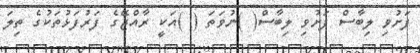
ފަށުވި ލިބާސް ފަށުވި ލިބާސް( )ނުވަތަ ( )އަކީ ރާއްޖޭގެ ފަރުފަޅުތަކުގެ ތިލަ